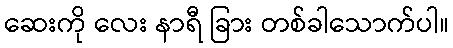
ဆေးကို လေး နာရီ ခြား တစ်ခါသောက်ပါ။